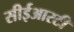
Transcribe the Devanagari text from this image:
सीईआरटी